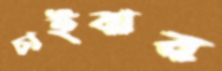
চাইবার